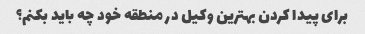
برای پیدا کردن بهترین وکیل در منطقه خود چه باید بکنم؟